DOW-UAP-D48, Department of the Air Force Report, 1996
Agency: Department of War
Incident date: 9/10/96
Page 29
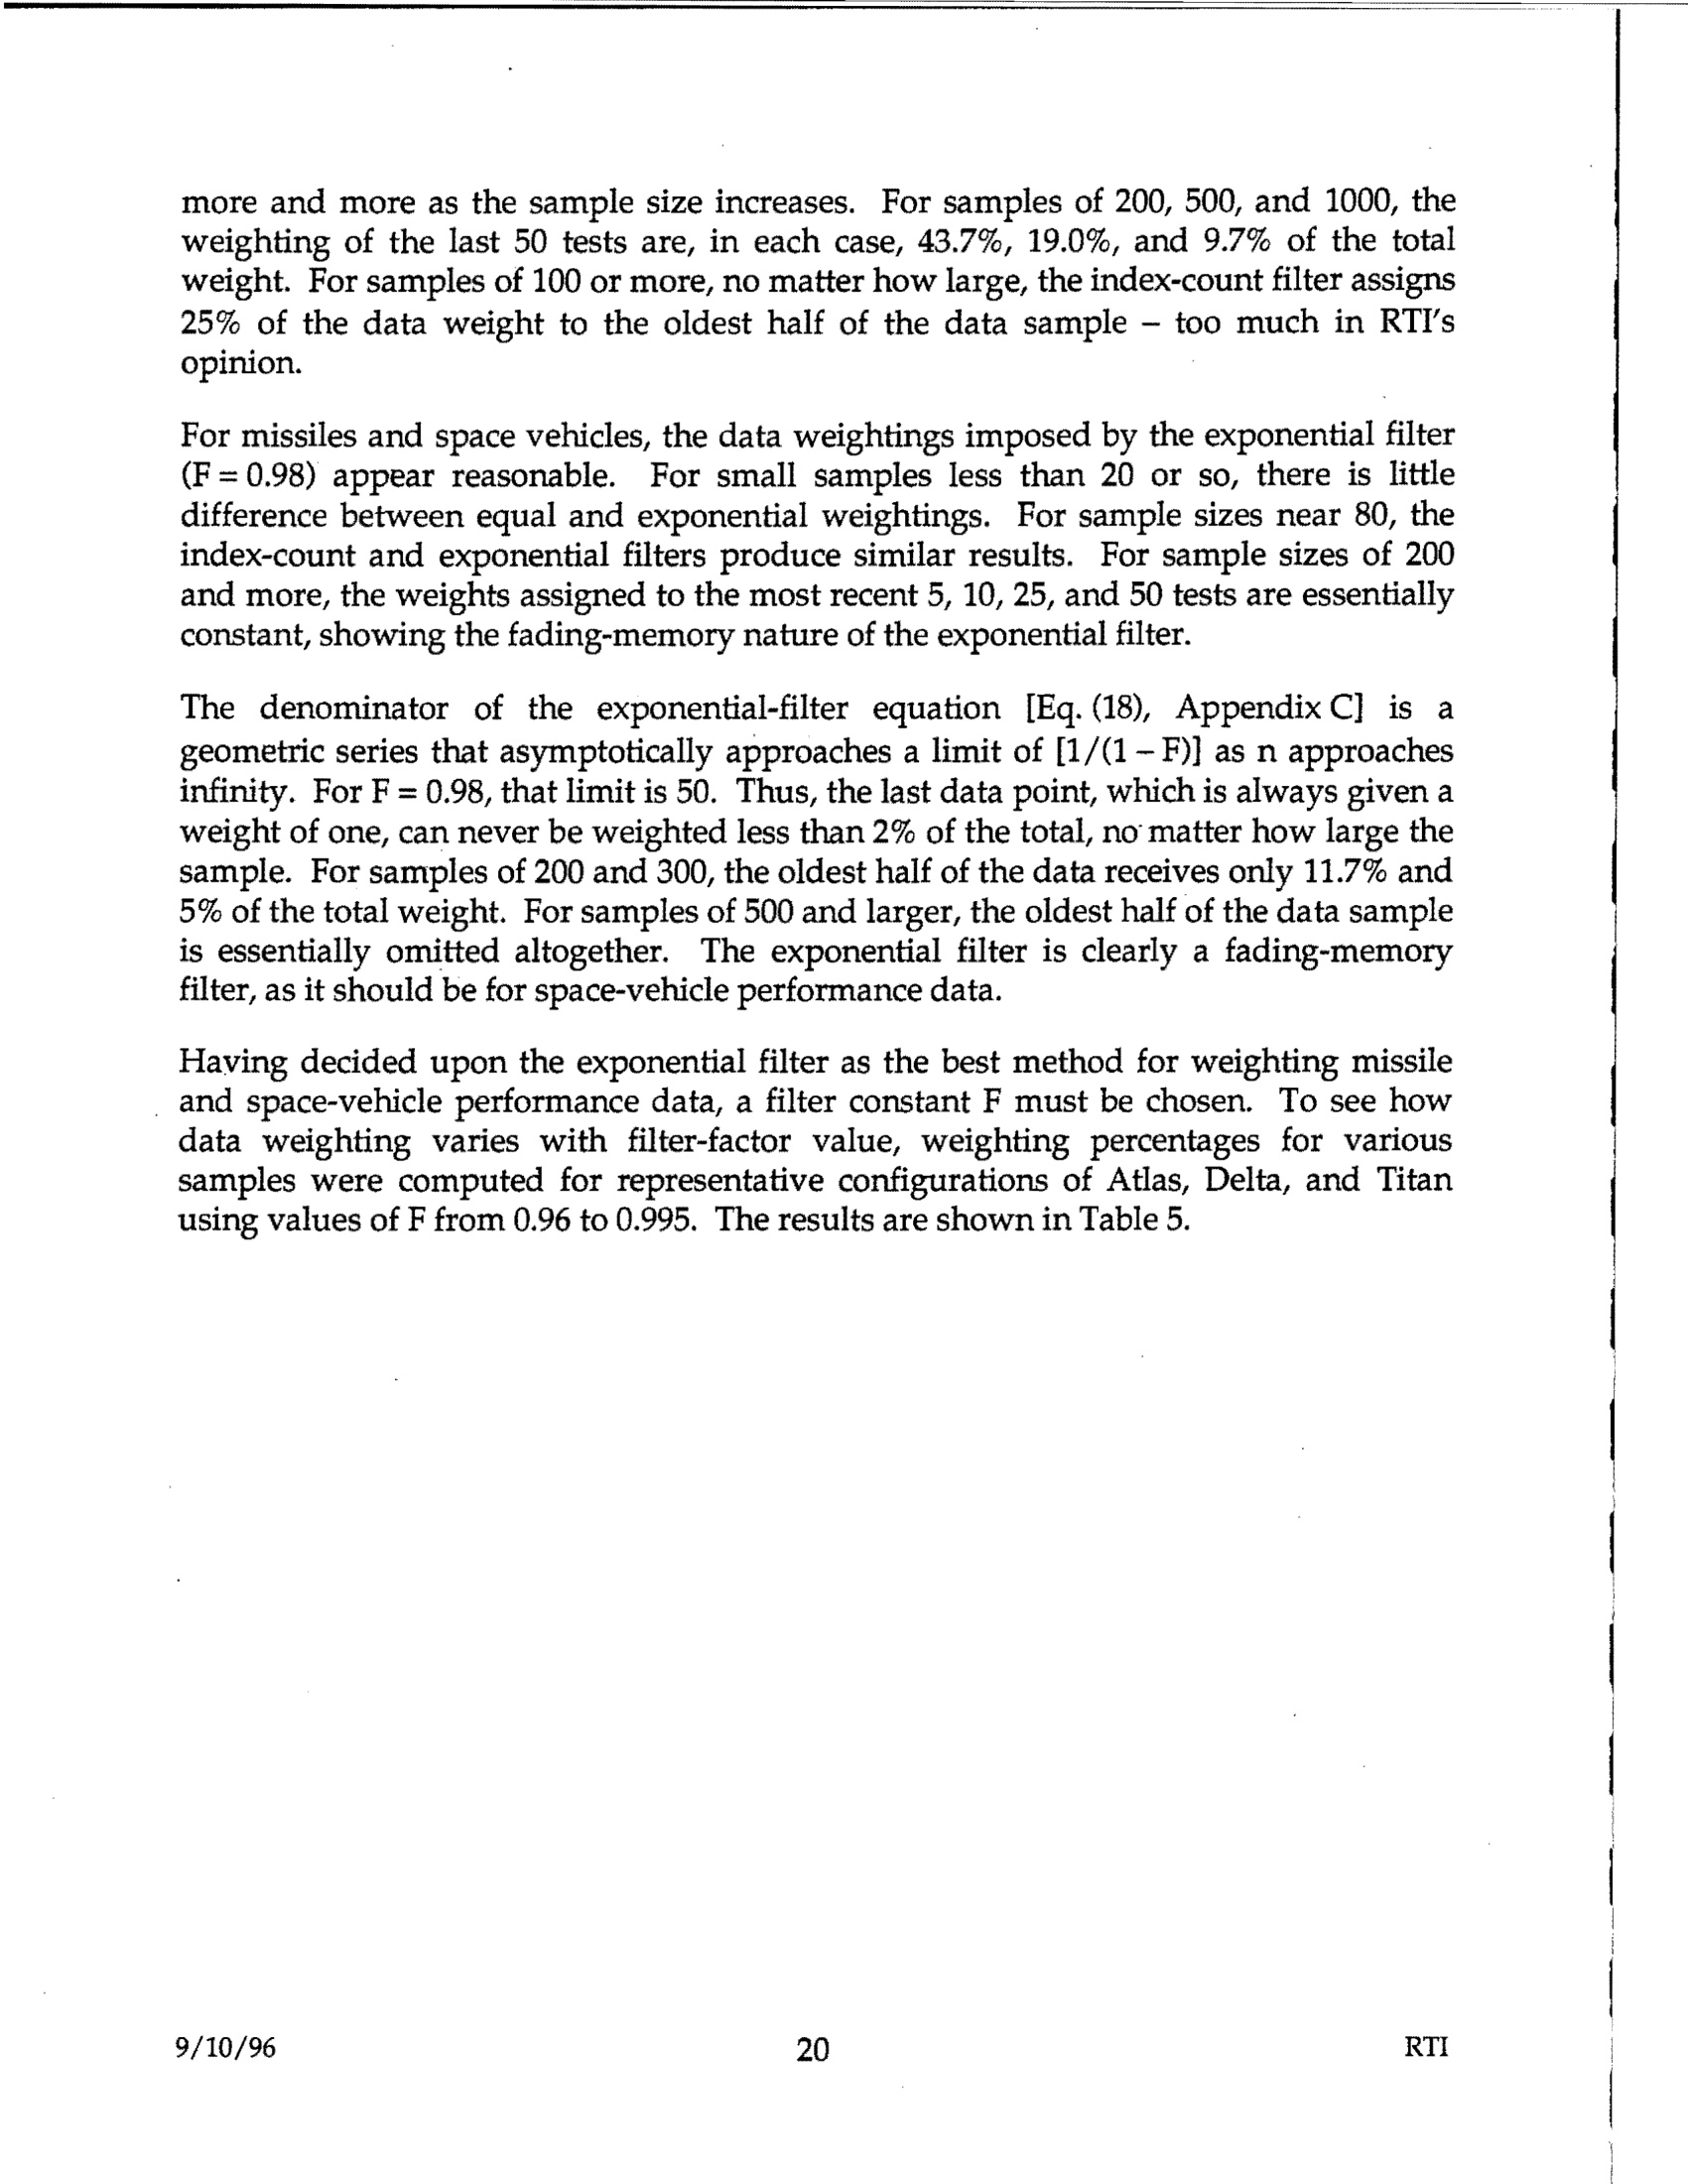